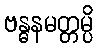
ဗန္ဓနမတ္တမ္ပိ